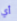
أي